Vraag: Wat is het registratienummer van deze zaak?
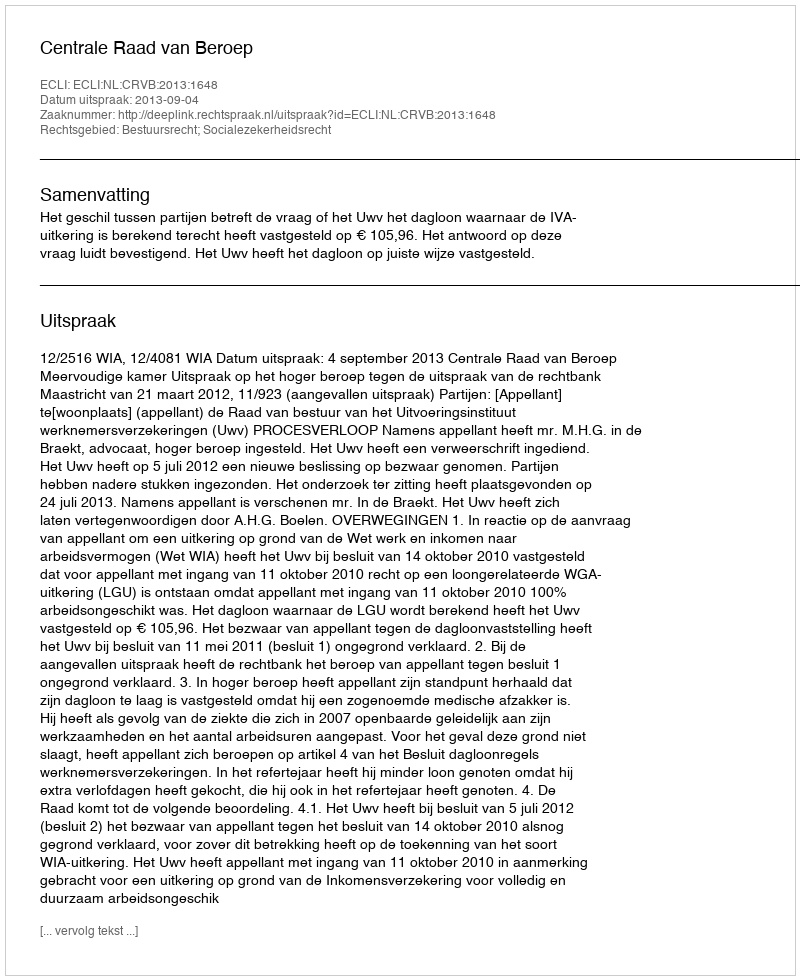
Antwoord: http://deeplink.rechtspraak.nl/uitspraak?id=ECLI:NL:CRVB:2013:1648